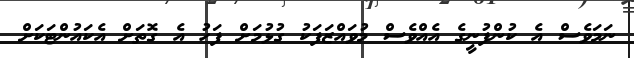
ނަމަވެސް އެ ކުންފުނީގެ އެއްވެސް މުވައްޒަފަކު ގުޅުމަށް ފަހު އެ ގޮތަށް އެކައުންޓަކަށް